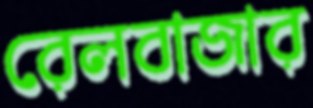
রেলবাজার